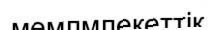
мемлмлекеттік